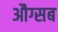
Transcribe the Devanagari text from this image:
औग्सब